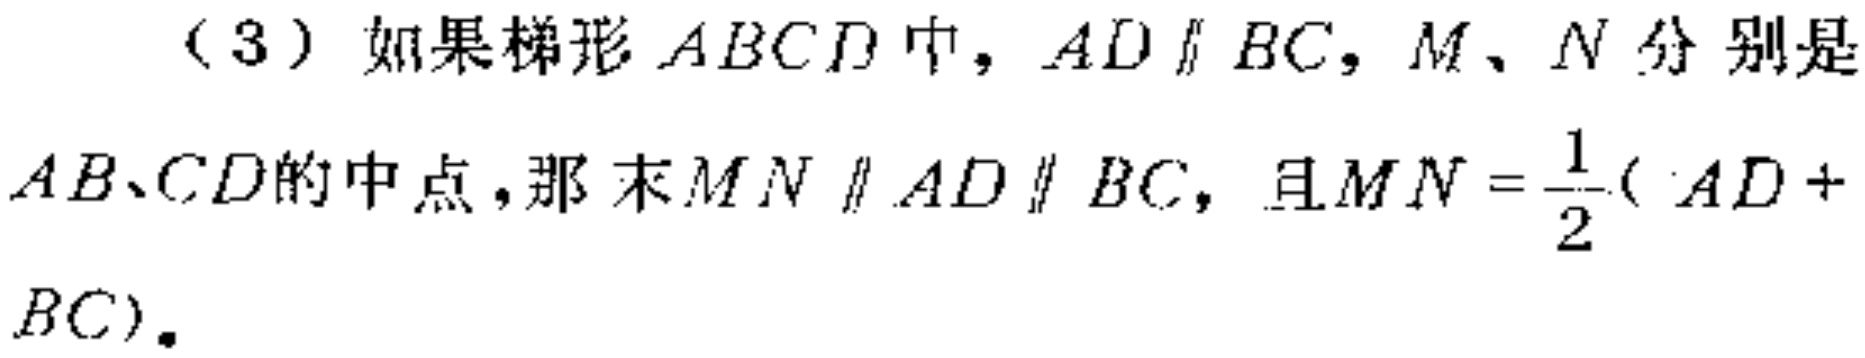
（3）如果梯形 \(ABCD\) 中，\(AD\parallel BC\)，\(M\)、\(N\) 分别是 \(AB\)、\(CD\)的中点，那么 \(MN\parallel AD\parallel BC\)，且\(MN = \frac{1}{2}(AD + BC)\)。